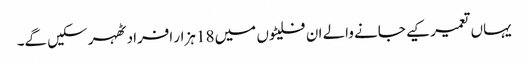
یہاں تعمیر کیے جانے والے ان فلیٹوں میں 18 ہزار افراد ٹھہر سکیں گے۔